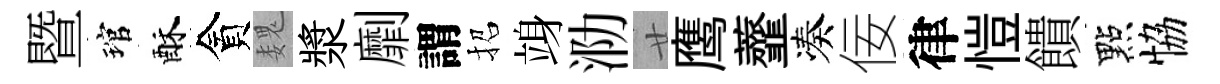
暨琯酥貪魏漿劘謂招竧泐廿鹰虀凑佞律愷饋點恊